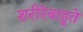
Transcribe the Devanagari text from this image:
शरीरेबाहुते